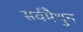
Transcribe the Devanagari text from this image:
सर्वमैथुन